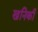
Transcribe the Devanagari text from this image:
खनिकी